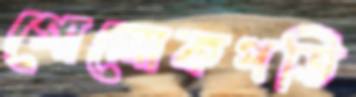
গোলোকপতি